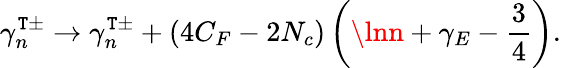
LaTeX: \gamma_{n}^{\mathtt{T}\pm}\rightarrow\gamma_{n}^{\mathtt{T}\pm}+(4C_{F}-2N_{c})\left(\lnn+\gamma_{E}-\frac{{3}}{{4}}\right).